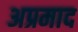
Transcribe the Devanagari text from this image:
अप्रमाद